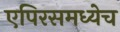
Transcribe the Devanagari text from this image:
एपिरसमध्येच